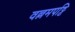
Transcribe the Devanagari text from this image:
वल्लमपट्टि